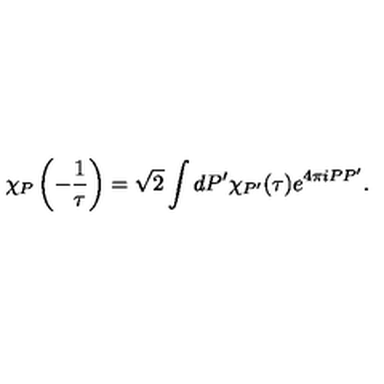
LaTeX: \chi _ { P } \left( - \frac { 1 } { \tau } \right) = \sqrt { 2 } \int d P ^ { \prime } \chi _ { P ^ { \prime } } ( \tau ) e ^ { 4 \pi i P P ^ { \prime } } .